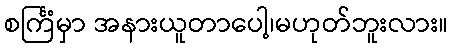
စင်္ကြံမှာ အနားယူတာပေါ့၊မဟုတ်ဘူးလား။